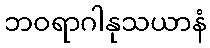
ဘဝရာဂါနုသယာနံ